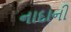
નાદાની